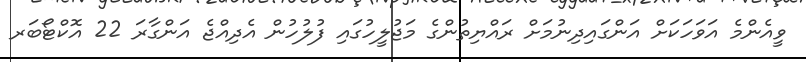
ވީއެންމެ އަވަހަކަށް އަންގައިދިނުމަށް ރައްޔިތުންގެ މަޖުލީހުގައި ފުލުހުން އެދިއްޖެ އަންގާރަ 22 އޮކްޓޯބަރ